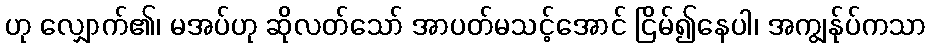
ဟု လျှောက်၏၊ မအပ်ဟု ဆိုလတ်သော် အာပတ်မသင့်အောင် ငြိမ်၍နေပါ၊ အကျွန်ုပ်ကသာ